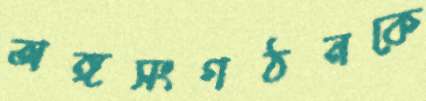
অঙ্গসংগঠনকে